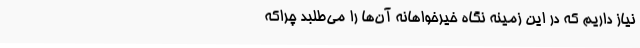
نیاز داریم که در این زمینه نگاه خیرخواهانه آن‌ها را می‌طلبد چراکه